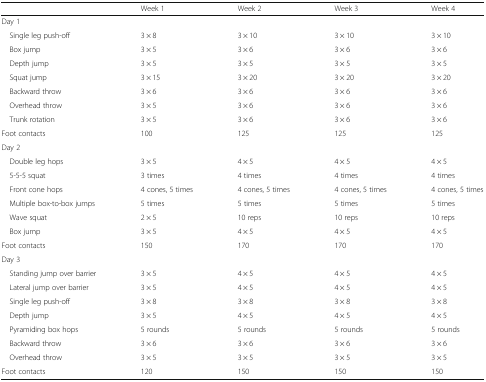
<table><thead><tr><td></td><td><b>Week 1</b></td><td><b>Week 2</b></td><td><b>Week 3</b></td><td><b>Week 4</b></td></tr></thead><tbody><tr><td colspan="5">Day 1</td></tr><tr><td> Single leg push-off</td><td>3 × 8</td><td>3 × 10</td><td>3 × 10</td><td>3 × 10</td></tr><tr><td> Box jump</td><td>3 × 5</td><td>3 × 6</td><td>3 × 6</td><td>3 × 6</td></tr><tr><td> Depth jump</td><td>3 × 5</td><td>3 × 5</td><td>3 × 5</td><td>3 × 5</td></tr><tr><td> Squat jump</td><td>3 × 15</td><td>3 × 20</td><td>3 × 20</td><td>3 × 20</td></tr><tr><td> Backward throw</td><td>3 × 6</td><td>3 × 6</td><td>3 × 6</td><td>3 × 6</td></tr><tr><td> Overhead throw</td><td>3 × 5</td><td>3 × 6</td><td>3 × 6</td><td>3 × 6</td></tr><tr><td> Trunk rotation</td><td>3 × 5</td><td>3 × 6</td><td>3 × 6</td><td>3 × 6</td></tr><tr><td>Foot contacts</td><td>100</td><td>125</td><td>125</td><td>125</td></tr><tr><td colspan="5">Day 2</td></tr><tr><td> Double leg hops</td><td>3 × 5</td><td>4 × 5</td><td>4 × 5</td><td>4 × 5</td></tr><tr><td> 5-5-5 squat</td><td>3 times</td><td>4 times</td><td>4 times</td><td>4 times</td></tr><tr><td> Front cone hops</td><td>4 cones, 5 times</td><td>4 cones, 5 times</td><td>4 cones, 5 times</td><td>4 cones, 5 times</td></tr><tr><td> Multiple box-to-box jumps</td><td>5 times</td><td>5 times</td><td>5 times</td><td>5 times</td></tr><tr><td> Wave squat</td><td>2 × 5</td><td>10 reps</td><td>10 reps</td><td>10 reps</td></tr><tr><td> Box jump</td><td>3 × 5</td><td>4 × 5</td><td>4 × 5</td><td>4 × 5</td></tr><tr><td>Foot contacts</td><td>150</td><td>170</td><td>170</td><td>170</td></tr><tr><td colspan="5">Day 3</td></tr><tr><td> Standing jump over barrier</td><td>3 × 5</td><td>4 × 5</td><td>4 × 5</td><td>4 × 5</td></tr><tr><td> Lateral jump over barrier</td><td>3 × 5</td><td>4 × 5</td><td>4 × 5</td><td>4 × 5</td></tr><tr><td> Single leg push-off</td><td>3 × 8</td><td>3 × 8</td><td>3 × 8</td><td>3 × 8</td></tr><tr><td> Depth jump</td><td>3 × 5</td><td>4 × 5</td><td>4 × 5</td><td>4 × 5</td></tr><tr><td> Pyramiding box hops</td><td>5 rounds</td><td>5 rounds</td><td>5 rounds</td><td>5 rounds</td></tr><tr><td> Backward throw</td><td>3 × 6</td><td>3 × 6</td><td>3 × 6</td><td>3 × 6</td></tr><tr><td> Overhead throw</td><td>3 × 5</td><td>3 × 5</td><td>3 × 5</td><td>3 × 5</td></tr><tr><td>Foot contacts</td><td>120</td><td>150</td><td>150</td><td>150</td></tr></tbody></table>